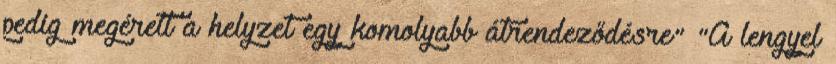
pedig megérett a helyzet egy komolyabb átrendeződésre" "A lengyel